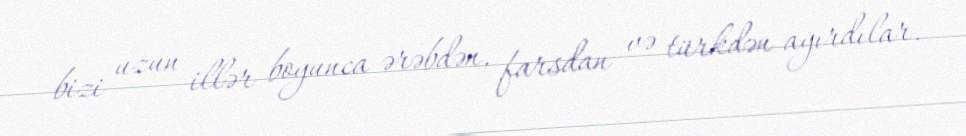
bizi uzun illər boyunca ərəbdən, farsdan və türkdən ayırdılar.